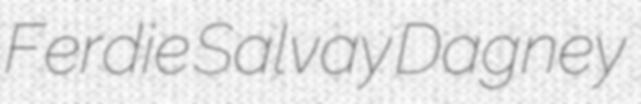
Ferdie Salvay Dagney